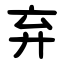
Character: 弃